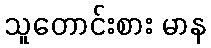
သူတောင်းစား မာန